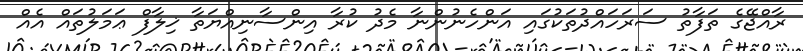
ރާއްޖޭގެ ތަފާތު ސަރަހައްދުތަކުގައި އަންހެނުންނާ މެދު ކުރާ އިންސާނިއްޔަތާ ޚިލާފް ޢަމަލުތައް އެއް